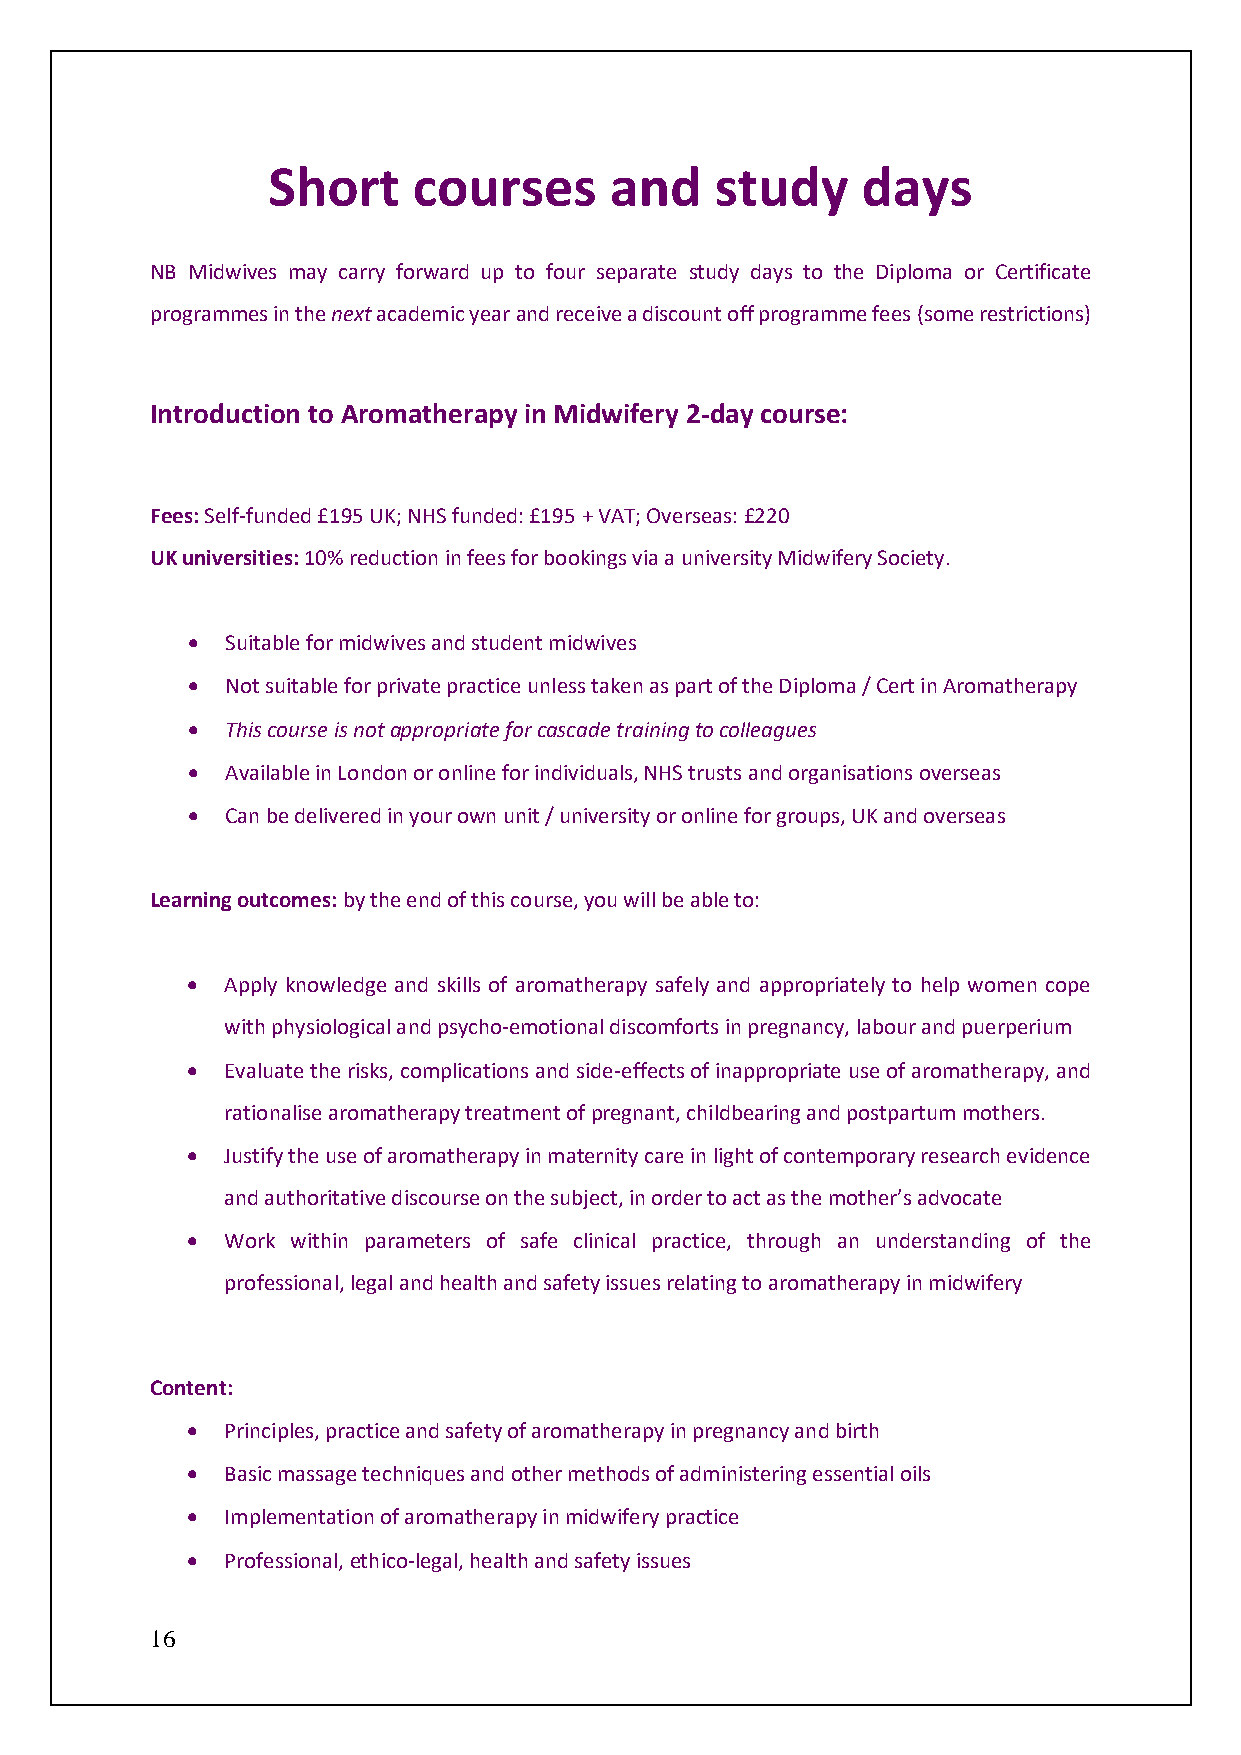
Short    courses      and    study     days
 NB Midwives may carry forward up to four separate study days to the Diploma or Certificate
 programmes in the next academic year and receive a discount off programme fees (some restrictions)
 Introduction to Aromatherapy in Midwifery 2-day course:
 Fees: Self-funded £195 UK; NHS funded: £195 + VAT; Overseas: £220
 UK universities: 10% reduction in fees for bookings via a university Midwifery Society.
 •  Suitable for midwives and student midwives
 •  Not suitable for private practice unless taken as part of the Diploma / Cert in Aromatherapy
 •  This course is not appropriate for cascade training to colleagues
 •  Available in London or online for individuals, NHS trusts and organisations overseas
 •  Can be delivered in your own unit / university or online for groups, UK and overseas
 Learning outcomes: by the end of this course, you will be able to:
 •  Apply knowledge and skills of aromatherapy safely and appropriately to help women cope
 with physiological and psycho-emotional discomforts in pregnancy, labour and puerperium
 •  Evaluate the risks, complications and side-effects of inappropriate use of aromatherapy, and
 rationalise aromatherapy treatment of pregnant, childbearing and postpartum mothers.
 •  Justify the use of aromatherapy in maternity care in light of contemporary research evidence
 and authoritative discourse on the subject, in order to act as the mother’s advocate
 •  Work within parameters of safe clinical practice, through an understanding of the
 professional, legal and health and safety issues relating to aromatherapy in midwifery
 Content:
 •  Principles, practice and safety of aromatherapy in pregnancy and birth
 •  Basic massage techniques and other methods of administering essential oils
 •  Implementation of aromatherapy in midwifery practice
 •  Professional, ethico-legal, health and safety issues
 16